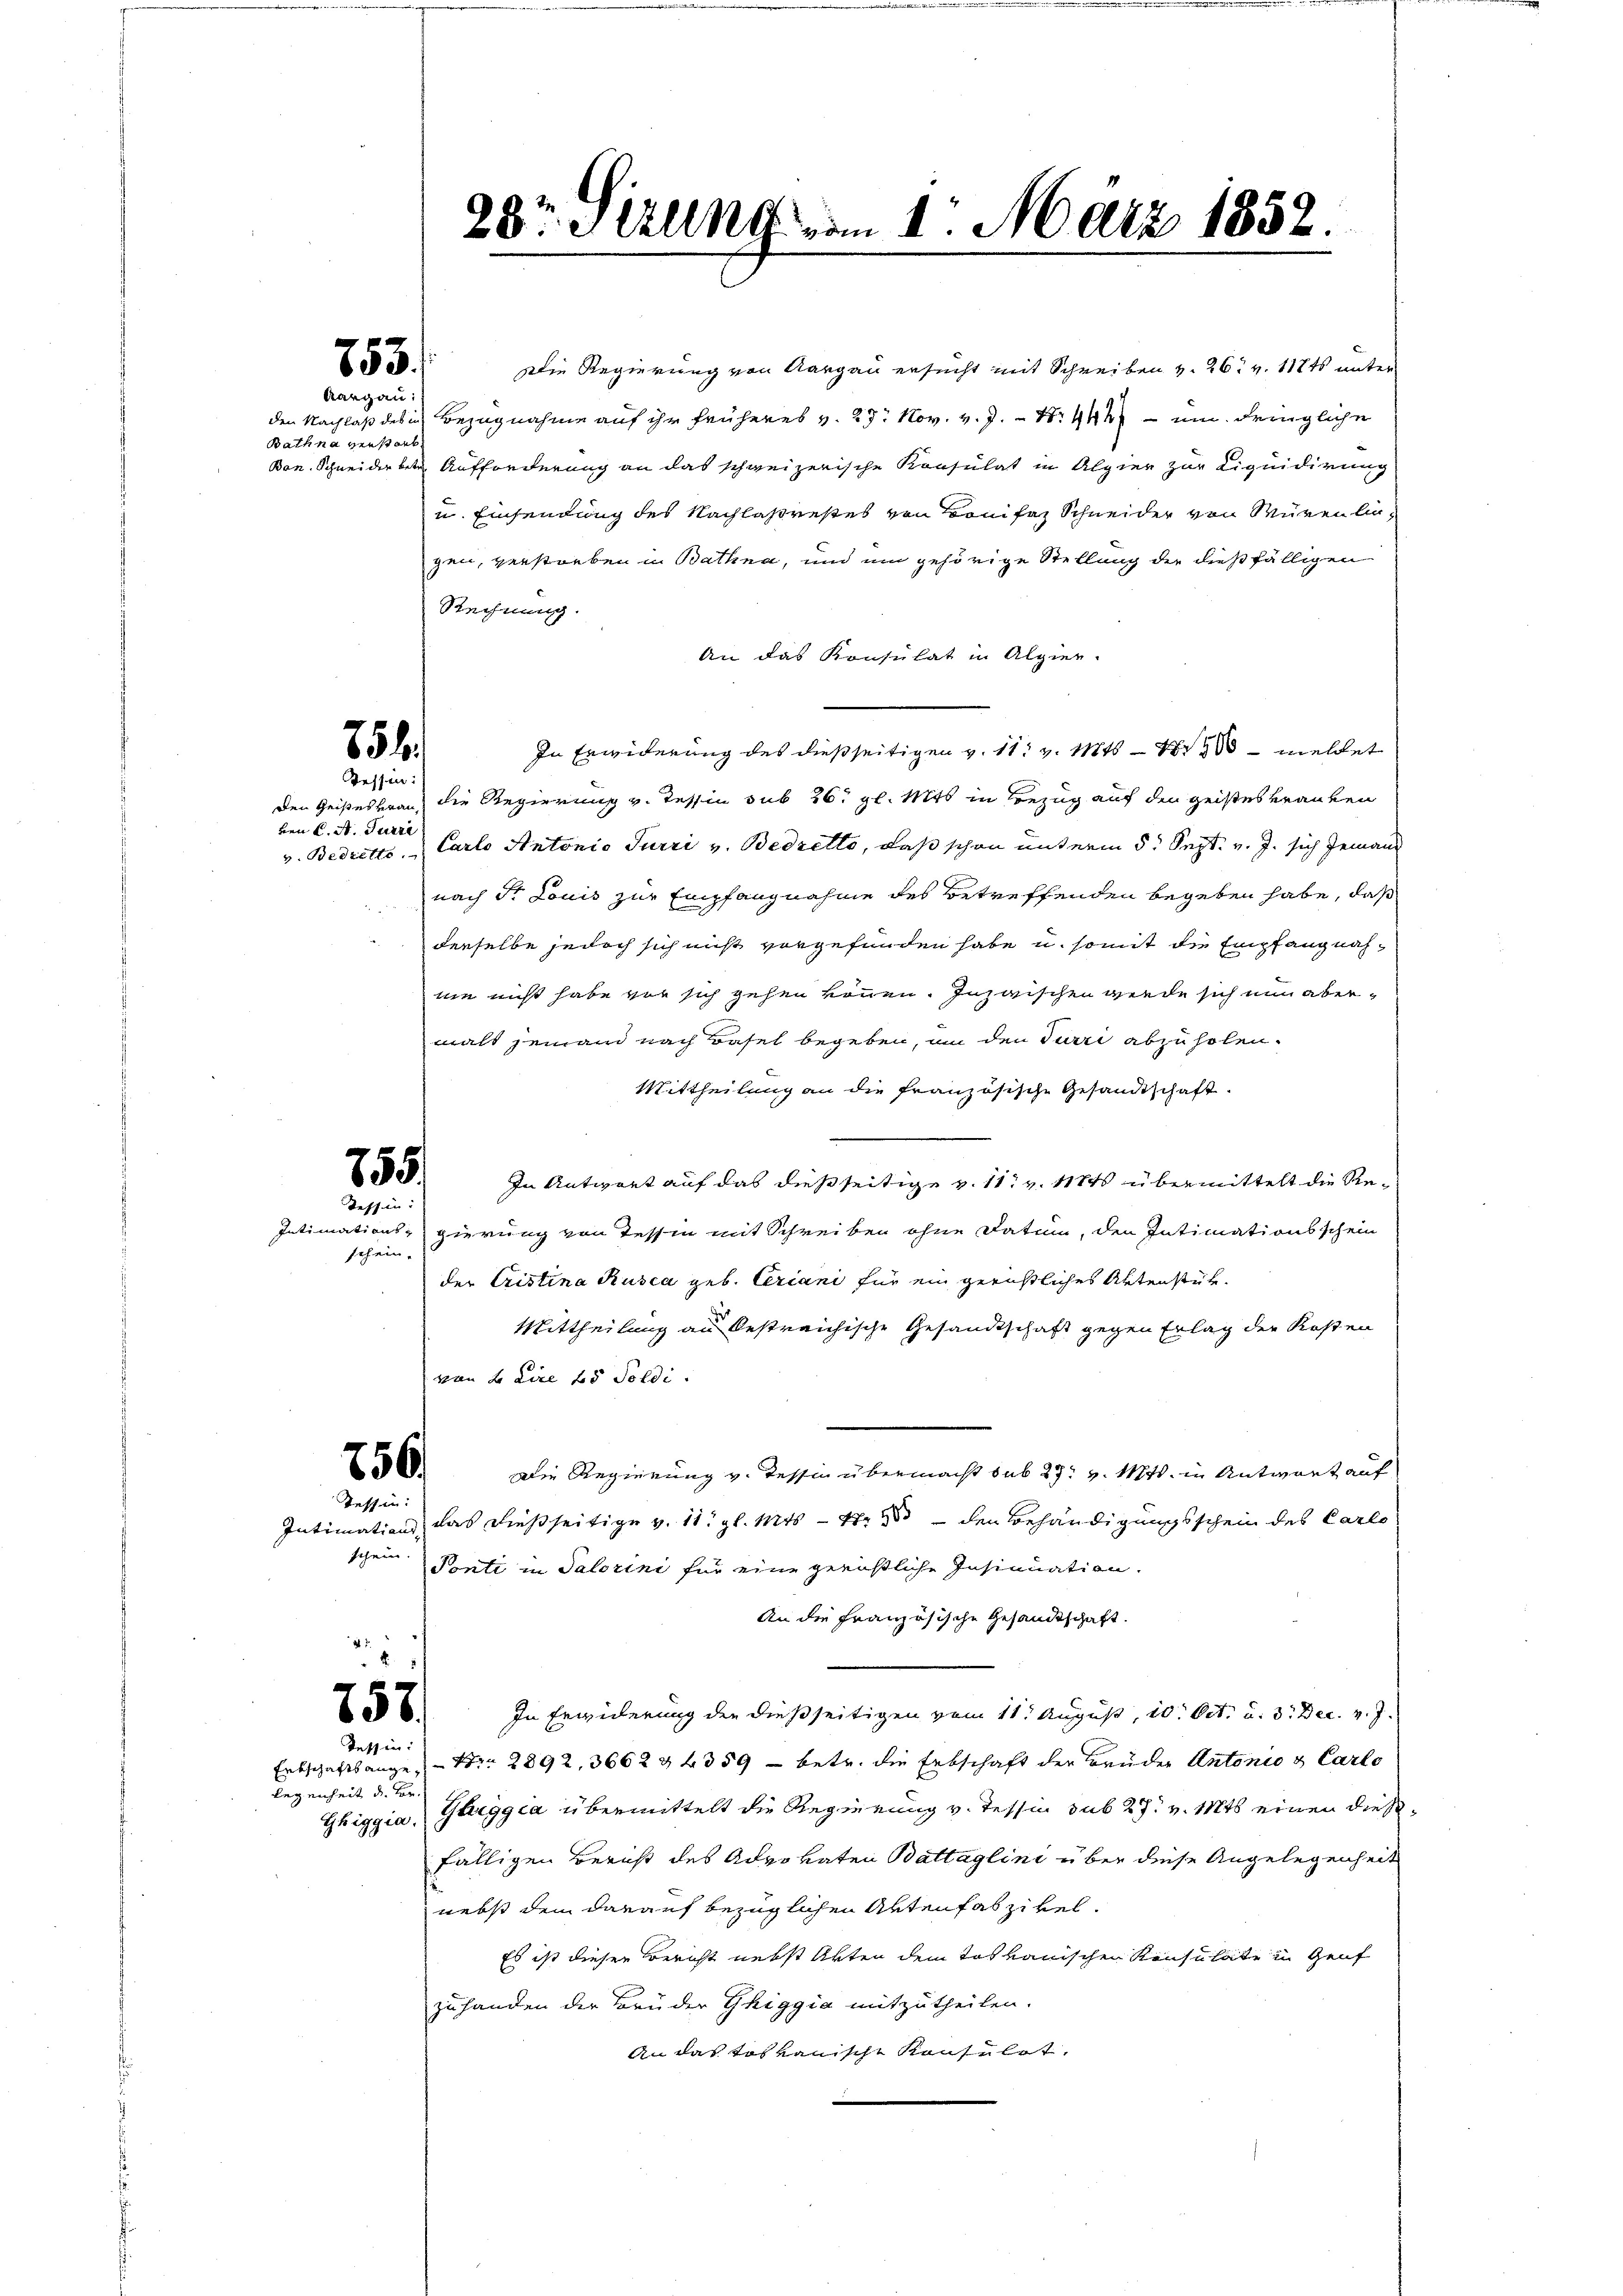
753.
Aargau:

Bathna verstorb

254
Tessin:

Den Geistes trauben K. A. Furre

755.
Tessin:

legenheit die Vor¬

28r Sizung vom 1. März 1858.

Die Regierung von Aargau ersucht mit Schreiben v. 26. v. 117t unter
den Nachlaß des in Bezugnahme auf ihr früheres v. 29. Nov. v. J. N. 444 - um dringliche
Bon. Schneiderbete Aufforderung an das schweizerische Konsulat in Alpier zur Liquidirung
u. Einsendung des Nachlasrestes von Bonifaz Schneider von Würenliegen, verstorben in Bathna, und um gehörige Stellung der dießfälligen
Rechnung.
An das Konsulat in Algier.
In Erwiderung des dießseitigen v. 11. v. Mts. — Nr 9 meldet
die Regierung v. Tessin sub 26. gl. Mts in Bezug auf den geistes Brauten
v. Bedretto. Carlo Antonio Surri v. Bedretto, daß schon unterm 5. Sept. v. J. sich Jemand
nach Dr Louis zur Empfangnahme des Betreffenden begeben habe, daß
derselbe jedoch sich nicht vorgefunden habe u. somit die Empfangnahnie nicht habe vor sich gehen können. Inzwischen werde sich nun abermals jemand nach Basel begeben, un den Turri abzuholen.
Mittheilung an die französische Gesandtschaft.
In Antwort auf das dießseitige v. 111 v. 184 übermittelt die Re¬
Intimations- gierung von Tessin mit Schreiben ohne Datum, den Intimationsschein
schein.
der Cristina Rusca geb. Eriani für ein gerichtliches Aktenstük¬
Mittheilung an bestreichische Gesandtschaft gegen Erlag der Kosten
von 2 Lire 25 Soldi
756
Die Regierung v. Tessin übermacht sub 27. v. Mts. in Antwort auf
Teffen:
Intimation, das dießseitige v. 11. gl. Mts. - 4. den Behändigungsschein des Carlo
schein.
Ponti in Salorini für eine gerüstliche Insinuation.
An die Französische Gesandtschaft.
757/
In Erwiderung der dießseitigen vom 11. August, 10. Oct. u. 3. Dec. v. J.
Tessin:
Erbschaftsange, Nr. 2892, 3662 & 4359 - betr. die Erbschaft der Brüder Antonio & Carlo
Ghiggia, Guggea übermittelt die Regierung v. Tessin sub 27. v. Mts. einen diese
fälligen Bericht des Advokaten Battaglini über diese Angelegenheit
nebst dem darauf bezüglichen Artenfaszikel.
Es ist diesen Bericht nebst Akten dem das vonischen Konsulate in Genf
zuhanden der Brüder Ghiggia mitzutheilen.
An das tot kanische Konsulet.